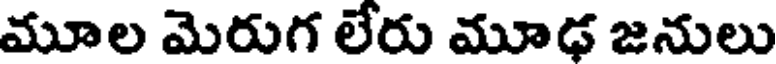
మూల మెరుగ లేరు మూఢ జనులు